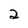
Character: 2